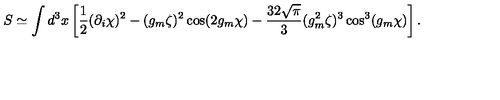
S \simeq \int d ^ { 3 } x \left[ \frac 1 2 ( \partial _ { i } \chi ) ^ { 2 } - ( g _ { m } \zeta ) ^ { 2 } \cos ( 2 g _ { m } \chi ) - \frac { 3 2 \sqrt { \pi } } { 3 } ( g _ { m } ^ { 2 } \zeta ) ^ { 3 } \cos ^ { 3 } ( g _ { m } \chi ) \right] .